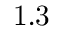
\mathrm { 1 . 3 }